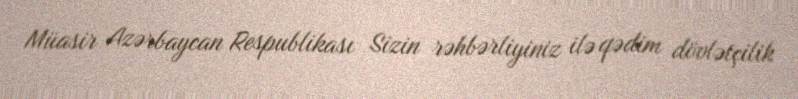
Müasir Azərbaycan Respublikası Sizin rəhbərliyiniz ilə qədim dövlətçilik